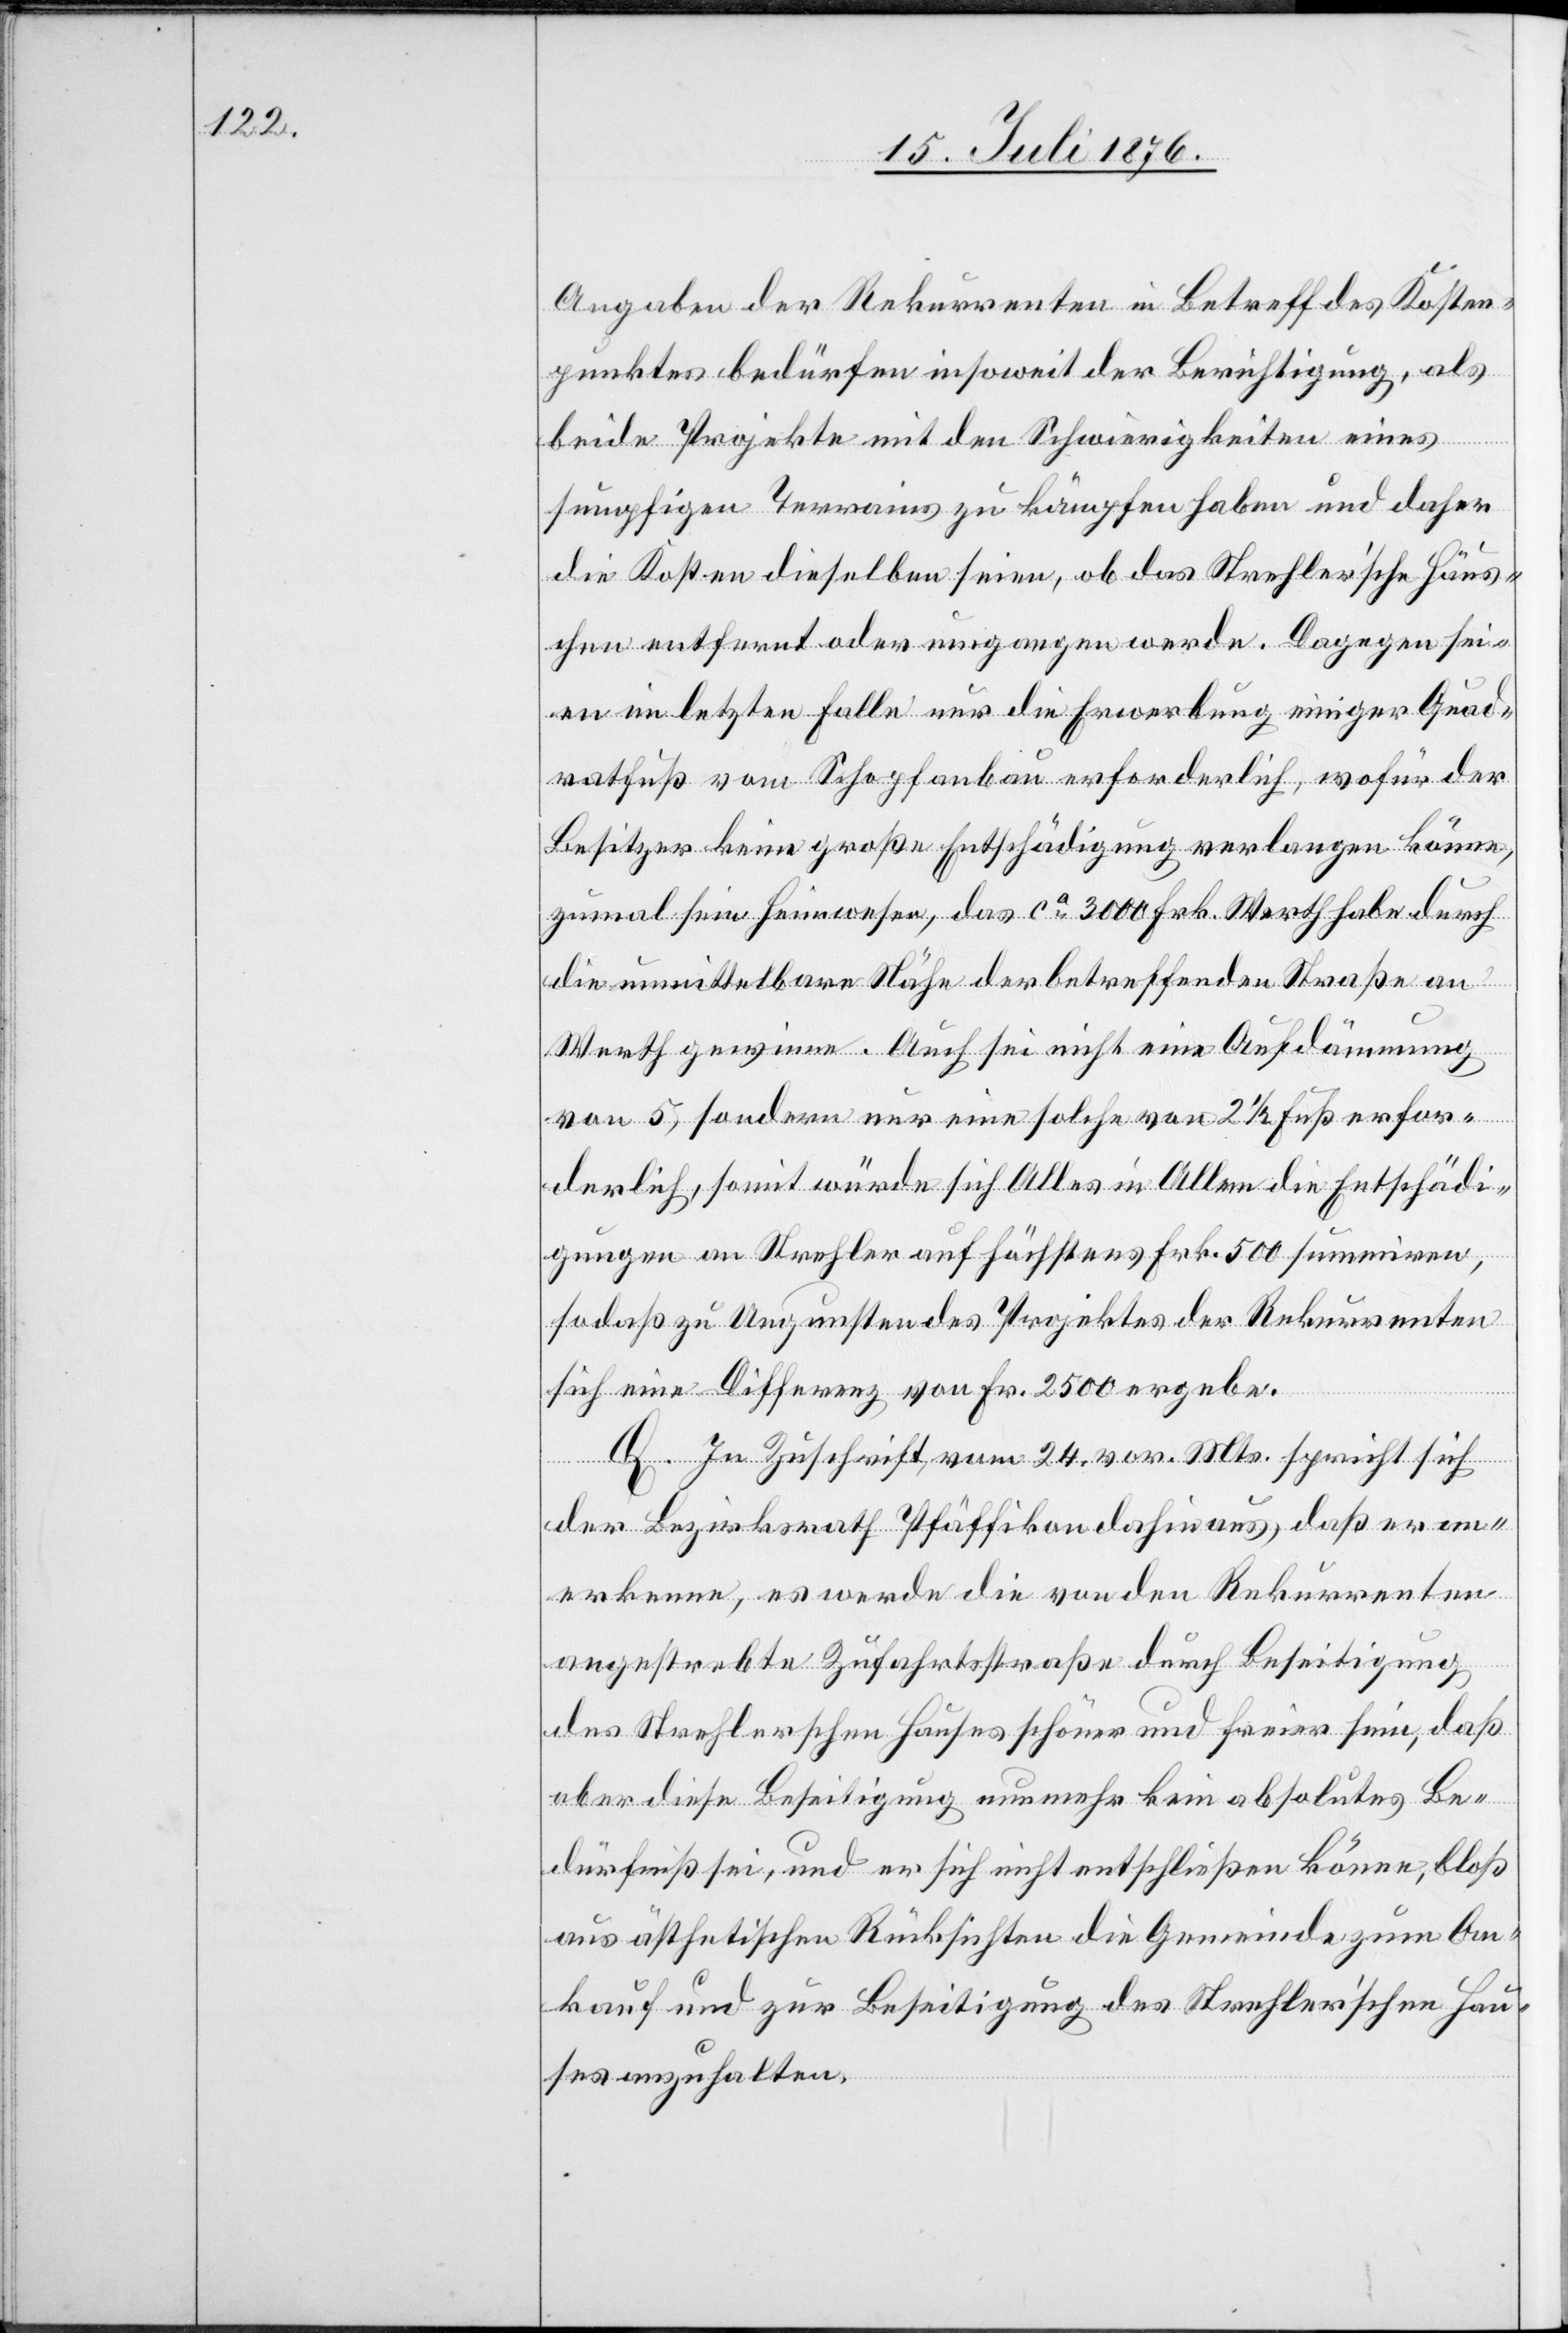
Angaben der Rekurrenten in Betreff des Kosten¬
punktes bedürfen insoweit der Berichtigung, als
beide Projekte mit den Schwierigkeiten eines
sumpfigen Terrains zu kämpfen haben und daher
die Kosten dieselben seien, ob das Strehler’sche Häus¬
chen entfernt oder umgangen werde. Dagegen sei¬
en im letzten Falle nur die Erwerbung einiger Quad¬
ratfuß vom Schopfanbau erforderlich, wofür der
Besitzer keine große Entschädigung verlangen könne,
zumal sein Heimwesen, das ca 3000 Frk. Werth habe durch
die unmittelbare Nähe der betreffenden Straße an
Werth gewinne. Auch sei nicht eine Aufdämmung
von 5, sondern nur eine solche von 2 1/2 Fuß erfor¬
derlich, somit würde[n] sich Alles in Allem die Entschädi¬
gungen an Strehler auf höchstens Frk. 500 summiren,
sodaß zu Ungunsten des Projektes der Rekurrenten
sich eine Differenz von Fr. 2500 ergebe.
Q. In Zuschrift vom 24. vor. Mts. spricht sich
der Bezirksrath Pfäffikon dahin aus, daß er an¬
erkenne, es werde die von den Rekurrenten
angestrebte Zufahrtsstraße durch Beseitigung
des Strehlerschen Hauses schöner und freier sein, daß
aber diese Beseitigung nunmehr kein absolutes Be¬
dürfniß sei , und er sich nicht entschließen könne, bloß
aus ästhetischen Rücksichten die Gemeinde zum An¬
kauf und zur Beseitigung des Strehler’schen Hau¬
ses anzuhalten.